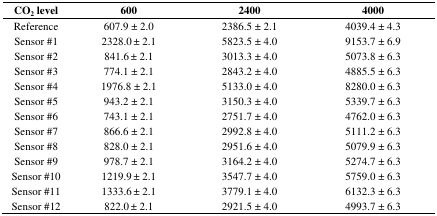
| CO2 level | 600 | 2400 | 4000 |
 | --- | --- | --- | --- |
 | Reference | 607.9 ± 2.0 | 2386.5 ± 2.1 | 4039.4 ± 4.3 |
 | Sensor #1 | 2328.0 ± 2.1 | 5823.5 ± 4.0 | 9153.7 ± 6.9 |
 | Sensor #2 | 841.6 ± 2.1 | 3013.3 ± 4.0 | 5073.8 ± 6.3 |
 | Sensor #3 | 774.1 ± 2.1 | 2843.2 ± 4.0 | 4885.5 ± 6.3 |
 | Sensor #4 | 1976.8 ± 2.1 | 5133.0 ± 4.0 | 8280.0 ± 6.3 |
 | Sensor #5 | 943.2 ± 2.1 | 3150.3 ± 4.0 | 5339.7 ± 6.3 |
 | Sensor #6 | 743.1 ± 2.1 | 2751.7 ± 4.0 | 4762.0 ± 6.3 |
 | Sensor #7 | 866.6 ± 2.1 | 2992.8 ± 4.0 | 5111.2 ± 6.3 |
 | Sensor #8 | 828.0 ± 2.1 | 2951.6 ± 4.0 | 5079.9 ± 6.3 |
 | Sensor #9 | 978.7 ± 2.1 | 3164.2 ± 4.0 | 5274.7 ± 6.3 |
 | Sensor #10 | 1219.9 ± 2.1 | 3547.7 ± 4.0 | 5759.0 ± 6.3 |
 | Sensor #11 | 1333.6 ± 2.1 | 3779.1 ± 4.0 | 6132.3 ± 6.3 |
 | Sensor #12 | 822.0 ± 2.1 | 2921.5 ± 4.0 | 4993.7 ± 6.3 |